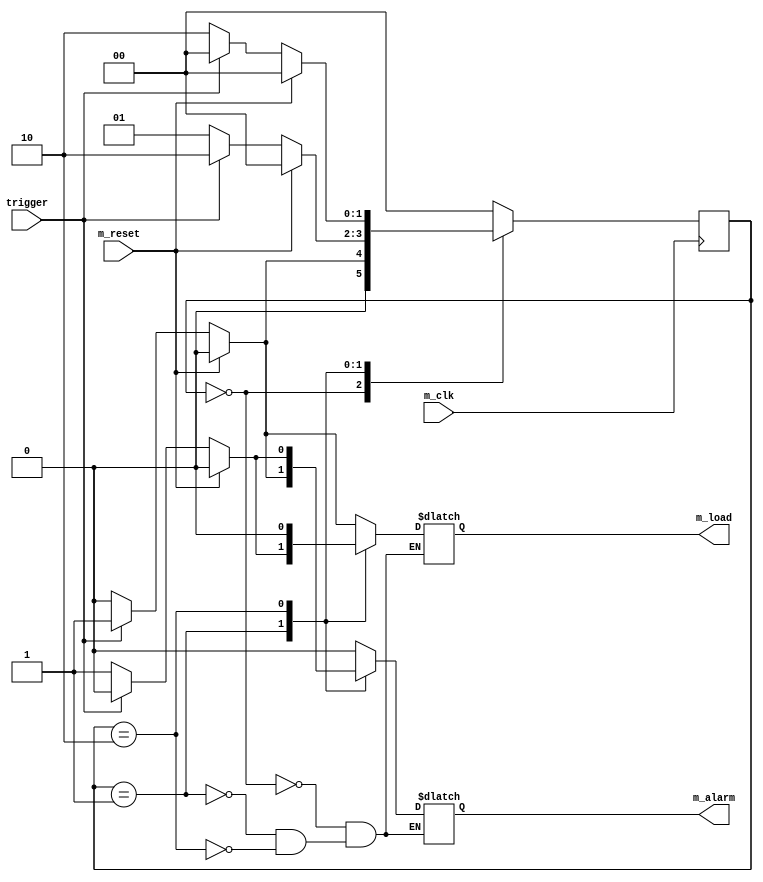
`timescale 1ns / 1ps
//////////////////////////////////////////////////////////////////////////////////
// Company: 
// Engineer: 
// 
// Design Name: 
// Module Name:    FSM_01 
// Project Name: 
// Target Devices: 
// Tool versions: 
// Description: 
//
// Dependencies: 
//
// Revision: 
// Revision 0.01 - File Created
// Additional Comments: 
//
//////////////////////////////////////////////////////////////////////////////////
module FSM_01(m_reset, m_clk, trigger, m_load, m_alarm 
    );
	 
	 
	 input m_clk;
    input trigger;
	 input m_reset;
	 reg[1:0]present_state;
	 reg[1:0]next_state;
	 
	 output  m_load;
	 output  m_alarm;
	 reg m_load;
	 reg  m_alarm;
	 parameter A=2'd0 , B=2'd1 , C=2'd2;
	 
	 always @ ( present_state or trigger or m_reset ) 
	     case ( present_state )
		   A: if (m_reset)
			    begin
				   next_state = A;
					 m_load=1'b0; 
					 m_alarm=1'b0;
				 end	
				 
			   else if (trigger ) 
					begin
					    next_state = B; 
						 m_load=1'b1; 
						 m_alarm=1'b0;
					end
					 
			   else 
				   begin
				    next_state = A;
					 m_load=1'b0; 
					 m_alarm=1'b0;
					end 
					 
				
			B:  if (m_reset)
			    begin
				   next_state = A;
					 m_load=1'b0; 
					 m_alarm=1'b0;
				 end	
				 
			   else if (trigger ) 
					begin
					    next_state = C; 
						 m_load=1'b0; 
						 m_alarm=1'b1;
					end
					 
			   else 
				   begin
				    next_state = B;
					 m_load=1'b1; 
					 m_alarm=1'b0;
					end 

			C: if (m_reset)
			    begin
				   next_state = A;
					 m_load=1'b0; 
					 m_alarm=1'b0;
				 end	
				 
			   else if (trigger ) 
					begin
					    next_state = A; 
						 m_load=1'b0; 
						 m_alarm=1'b0;
					end
					 
			   else 
				   begin
				    next_state = C;
					 m_load=1'b0; 
					 m_alarm=1'b1;
					end 
					
			default : next_state = A;
	     endcase
	 	 
	 always @ ( posedge m_clk )
	   present_state <= next_state;
	 
endmodule